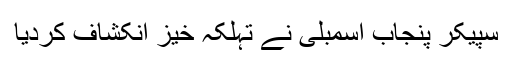
سپیکر پنجاب اسمبلی نے تہلکہ خیز انکشاف کردیا